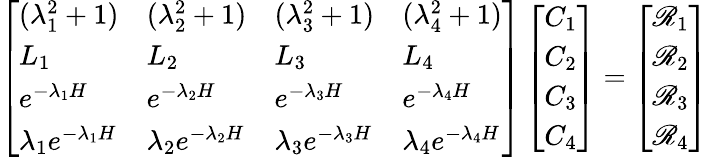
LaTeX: \left[\begin{array}{llll}{(\lambda_{1}^{2}+1)}&{(\lambda_{2}^{2}+1)}&{(\lambda_{3}^{2}+1)}&{(\lambda_{4}^{2}+1)}\\ {L_{1}}&{L_{2}}&{L_{3}}&{L_{4}}\\ {e^{-\lambda_{1}H}}&{e^{-\lambda_{2}H}}&{e^{-\lambda_{3}H}}&{e^{-\lambda_{4}H}}\\ {\lambda_{1}e^{-\lambda_{1}H}}&{\lambda_{2}e^{-\lambda_{2}H}}&{\lambda_{3}e^{-\lambda_{3}H}}&{\lambda_{4}e^{-\lambda_{4}H}}\end{array}\right]\left[\begin{array}{l}{C_{1}}\\ {C_{2}}\\ {C_{3}}\\ {C_{4}}\end{array}\right]=\left[\begin{array}{l}{\mathscr{R}_{1}}\\ {\mathscr{R}_{2}}\\ {\mathscr{R}_{3}}\\ {\mathscr{R}_{4}}\end{array}\right]